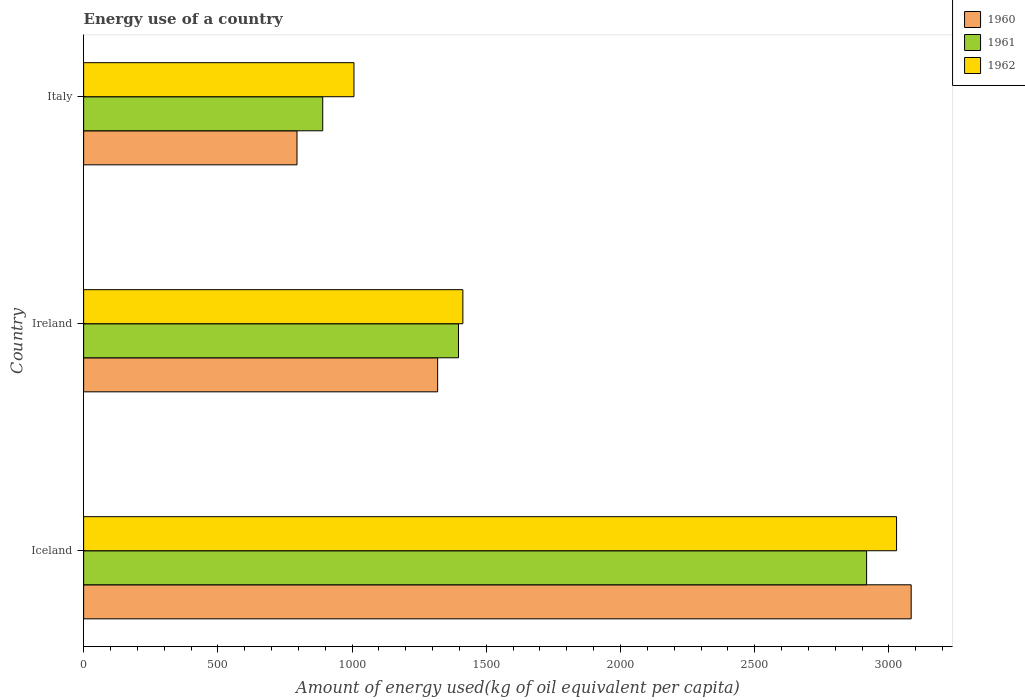
| Country | 1960 | 1961 | 1962 |
 | --- | --- | --- | --- |
 | Iceland | 3.08e+03 | 2.92e+03 | 3.03e+03 |
 | Ireland | 1.32e+03 | 1.4e+03 | 1.41e+03 |
 | Italy | 795 | 891 | 1.01e+03 |